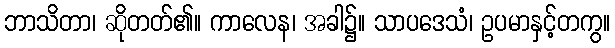
ဘာသိတာ၊ ဆိုတတ်၏။ ကာလေန၊ အခါ၌။ သာပဒေသံ၊ ဥပမာနှင့်တကွ။